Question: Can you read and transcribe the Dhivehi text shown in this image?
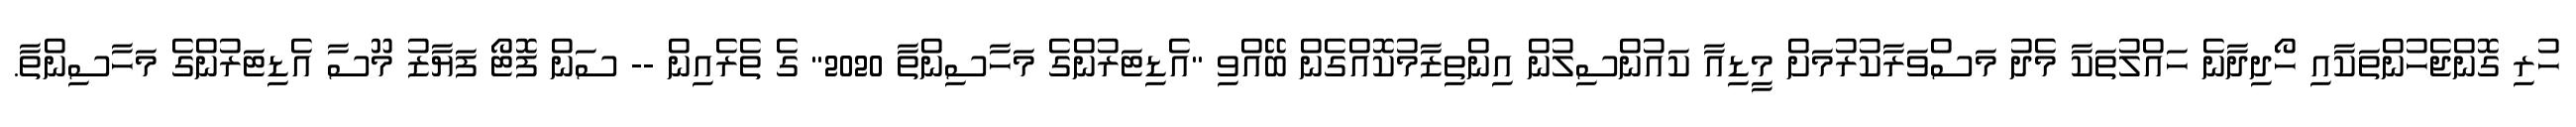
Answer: ހުރި ގޮންޖެހުންތަކާއި ހޯދިދާނެ ހައްލުތަކާ މެދު މަސްވަރާކުރުމަށް މީޑިއާ ކައުންސިލުން އިންތިޒާމުކޮއްގެން ބޭއްވި "އެޑިޓަރުންގެ މަހާސިންތާ 2020" ގެ ތެރެއިން -- ސަން ފޮޓޯ ފަޔާޒު މޫސާ އެޑިޓަރުންގެ މަހާސިންތާ.